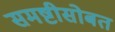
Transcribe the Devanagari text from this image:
समष्टीसोबत